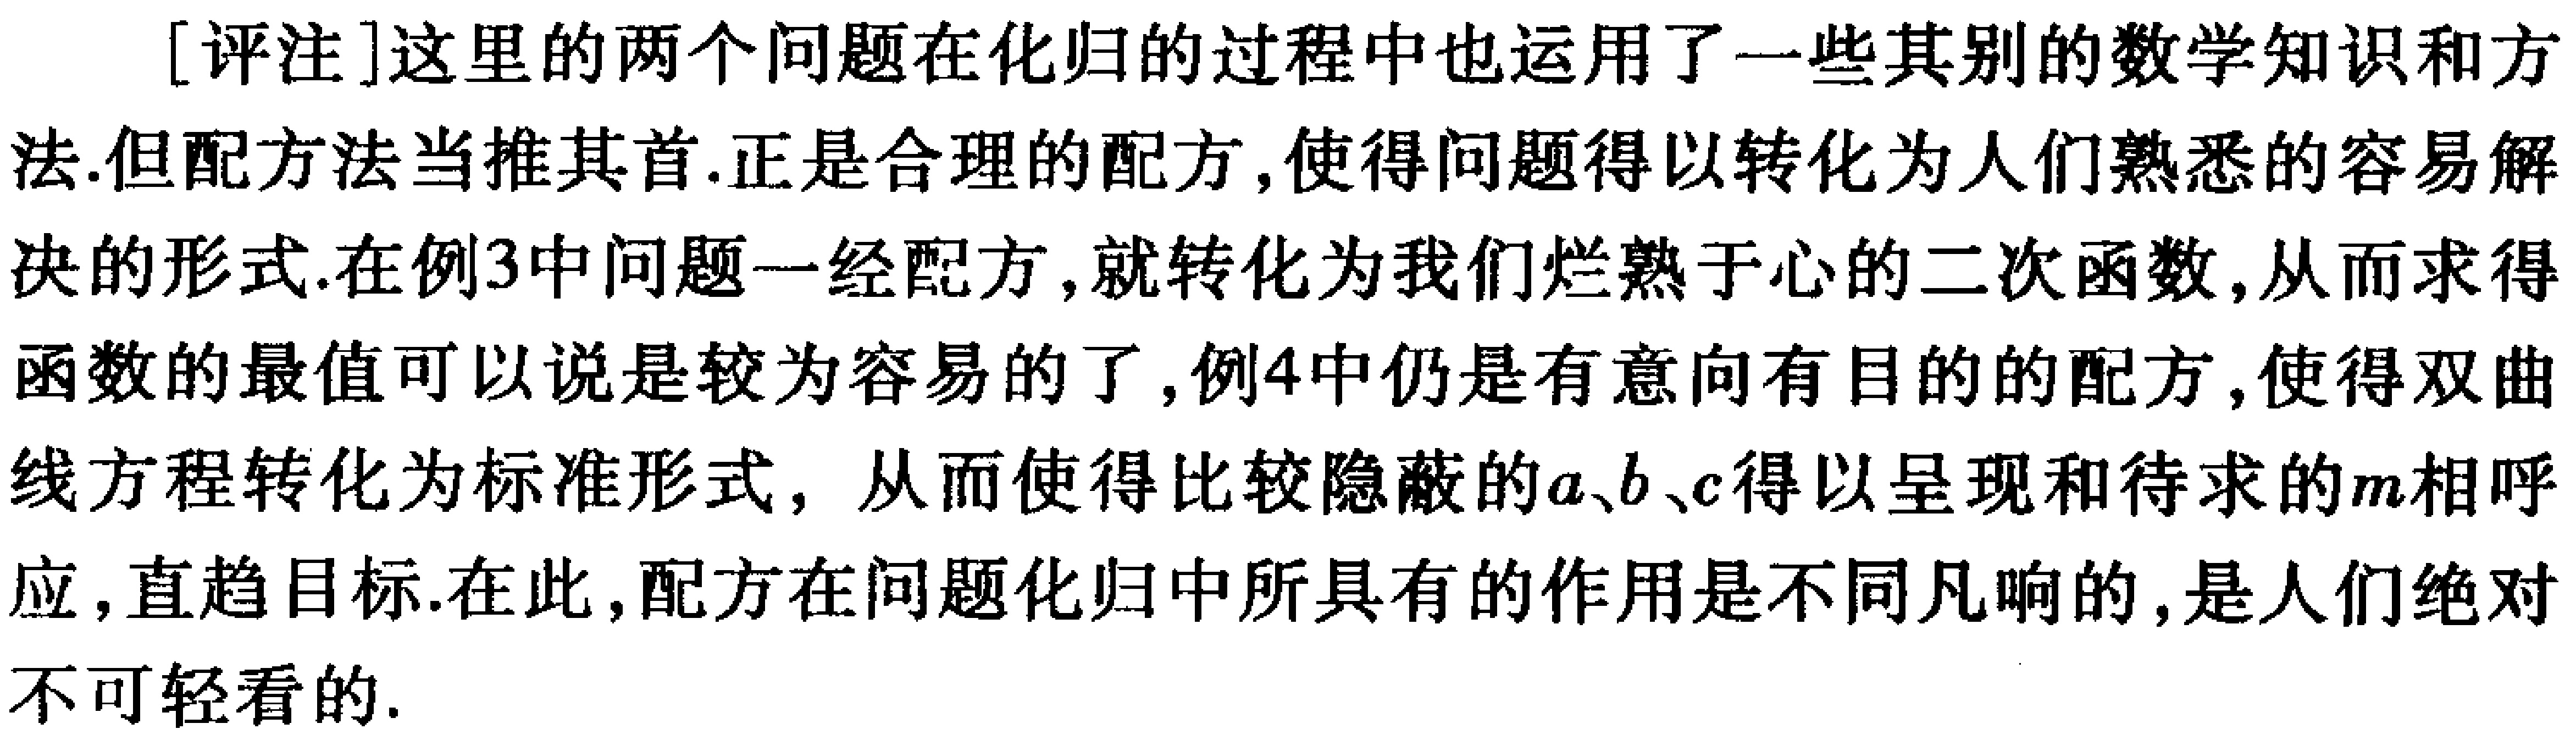
[评注]这里的两个问题在化归的过程中也运用了一些其别的数学知识和方法.但配方法当推其首.正是合理的配方,使得问题得以转化为人们熟悉的容易解决的形式.在例3中问题一经配方,就转化为我们烂熟于心的二次函数,从而求得函数的最值可以说是较为容易的了,例4中仍是有意向有目的的配方,使得双曲线方程转化为标准形式, 从而使得比较隐蔽的\(a、b、c\)得以呈现和待求的\(m\)相呼应,直趋目标.在此,配方在问题化归中所具有的作用是不同凡响的,是人们绝对不可轻看的.